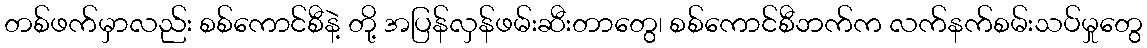
တစ်ဖက်မှာလည်း စစ်ကောင်စီနဲ့ တို့ အပြန်လှန်ဖမ်းဆီးတာတွေ၊ စစ်ကောင်စီဘက်က လက်နက်စမ်းသပ်မှုတွေ